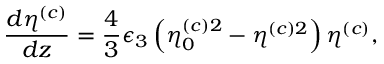
\frac { d \eta ^ { ( c ) } } { d z } = \frac { 4 } { 3 } \epsilon _ { 3 } \left( \eta _ { 0 } ^ { ( c ) 2 } - \eta ^ { ( c ) 2 } \right) \eta ^ { ( c ) } ,